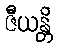
ဇီယန္တိ